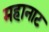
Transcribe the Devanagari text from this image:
महानाट